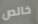
خالص